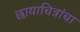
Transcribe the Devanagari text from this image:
छायाचित्रांचा